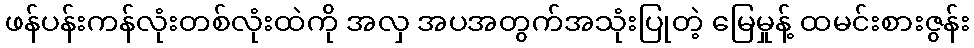
ဖန်ပန်းကန်လုံးတစ်လုံးထဲကို အလှ အပအတွက်အသုံးပြုတဲ့ မြေမှုန့် ထမင်းစားဇွန်း